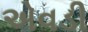
એવડી